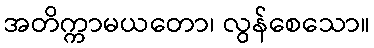
အတိက္ကာမယတော၊ လွန်စေသော။